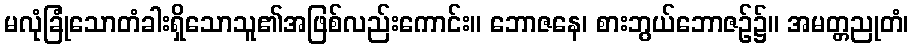
မလုံခြုံသောတံခါးရှိသောသူ၏အဖြစ်လည်းကောင်း။ ဘောဇနေ၊ စားဘွယ်ဘောဇဉ်၌။ အမတ္တညုတံ၊